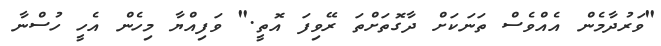
"ވަރުދާމެން އެއްވެސް ތަނަކަށް ދާގޮތަށްތަ ރޭވިފަ އޮތީ." ވަފިއްޔާ މިހެން އެހީ ހުސްނާ